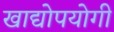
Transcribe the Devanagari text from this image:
खाद्योपयोगी